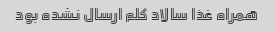
همراه غذا سالاد کلم ارسال نشده بود